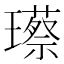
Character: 𮴸